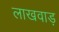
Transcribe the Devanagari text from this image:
लाखवाड़